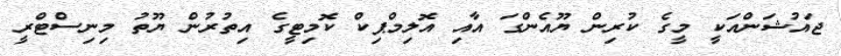
ޖައުޝަންއަކީ މީގެ ކުރިން ޔޫއެންގަ އާއި އޮލިމްޕިކް ކޮމިޓީގެ އިތުރުން ޔޫތު މިނިސްޓްރީ